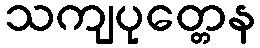
သကျပုတ္တေန